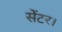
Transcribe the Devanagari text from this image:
सेंटर।